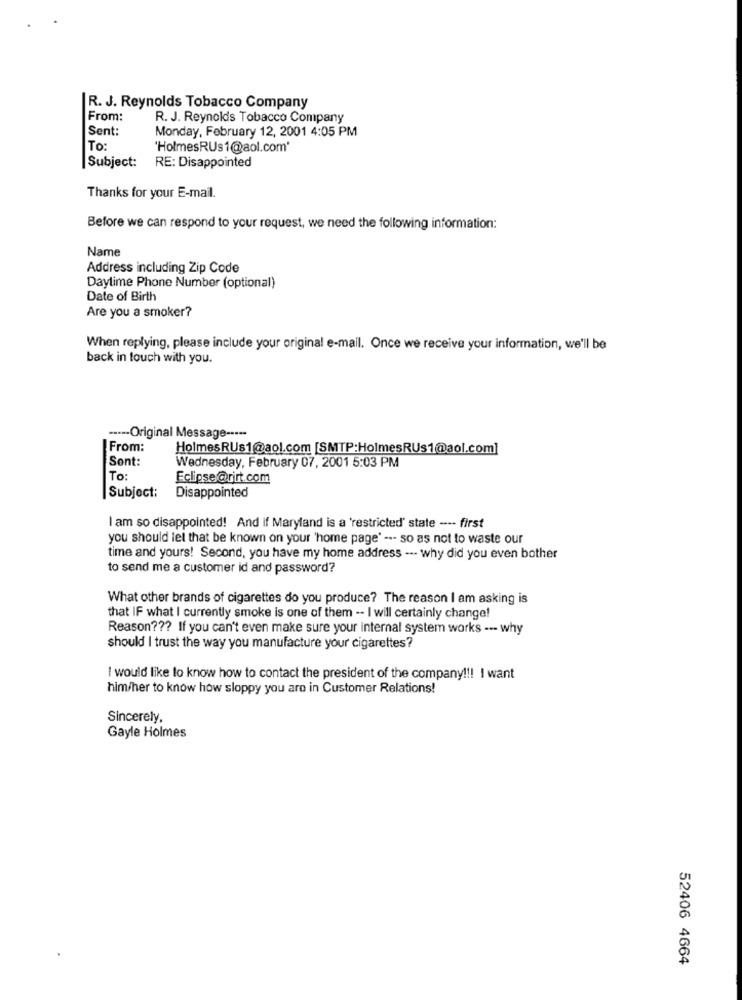
R. J. Reynolds Tobacco Company
From:
R. J. Reynolds Tobacco Company
Sent:
Monday, February 12, 2001 4:05 PM
To:
'HolmesRUs1@aol.com'
Subject:
RE: Disappointed
Thanks for your E-mail.
Before we can respond to your request, we need the following information:
Name
Address including Zip Code
Daylime Phone Number (optional)
Date of Birth
Are you a smoker?
When replying, please include your original e-mail. Once we receive your information, we'll be
back in touch with you.
----- Original Message -----
From:
HolmesRUs1@aol.com [SMTP:HolmesRUs1@aol.com]
Sont:
Wednesday, February 07, 2001 5:03 PM
To:
Eclipse@rirt.com
Disappointed
Subject:
I am so disappointed! And if Maryland is a 'restricted' state ---- first
you should let that be known on your 'home page' -.- so as not to waste our
time and yours! Second, you have my home address --- why did you even bother
to send me a customer id and password?
What other brands of cigarettes do you produce? The reason I am asking is
that IF what I currently smoke is one of them -- I will certainly change!
Reason ??? If you can't even make sure your internal system works --- why
should I trust the way you manufacture your cigarettes?
I would like to know how to contact the president of the company !!! I want
him/her to know how sloppy you are in Customer Relations!
Sincerely,
Gayle Holmes
52406 4664